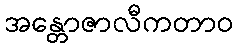
အန္တောဇာလီကတာဝ